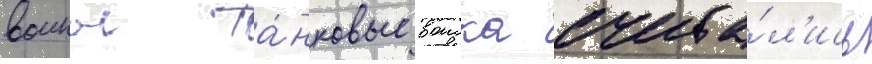
воины та́нковые воиска счита́л'ись